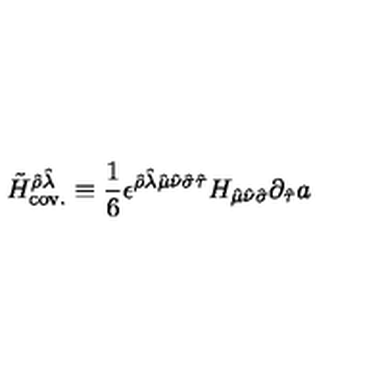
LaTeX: \tilde { H } _ { \mathrm { c o v . } } ^ { \hat { \rho } \hat { \lambda } } \equiv { \frac { 1 } { 6 } } \epsilon ^ { \hat { \rho } \hat { \lambda } \hat { \mu } \hat { \nu } \hat { \sigma } \hat { \tau } } H _ { \hat { \mu } \hat { \nu } \hat { \sigma } } \partial _ { \hat { \tau } } a